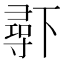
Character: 𱍧